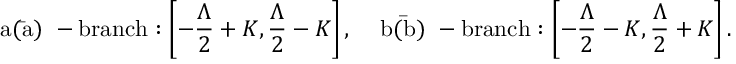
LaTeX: \mathrm { ~ a ( \bar { a } ) ~ - b r a n c h } : \left[ - \frac { \Lambda } { 2 } + K , \frac { \Lambda } { 2 } - K \right] , \; \; \; \mathrm { ~ b ( \bar { b } ) ~ - b r a n c h } : \left[ - \frac { \Lambda } { 2 } - K , \frac { \Lambda } { 2 } + K \right] .